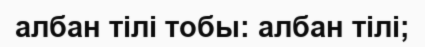
албан тілі тобы: албан тілі;